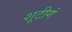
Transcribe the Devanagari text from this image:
शूटीगं